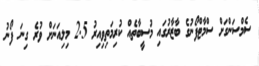
ސެމްސަންގަށް ސްމާޓްފޯނުގެ ބާޒާރުގައި މުސީބާތެއް ކުރިމަތިވިއިރު 2.5 މިލިއަނަށް ވުރެ ގިނަ ފޯނު